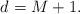
LaTeX: \begin{align*} d_{} = M+1.\end{align*}